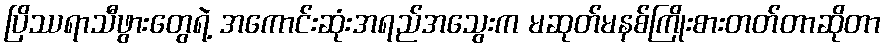
ပြိဿရာသီဖွားတွေရဲ့ အကောင်းဆုံးအရည်အသွေးက မဆုတ်မနစ်ကြိုးစားတတ်တာဆိုတာ